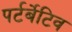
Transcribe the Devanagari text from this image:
पर्टर्बेटिव